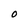
Character: O